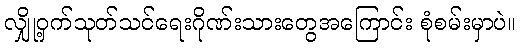
လျှို့ဝှက်သုတ်သင်ရေးဂိုဏ်းသားတွေအကြောင်း စုံစမ်းမှာပဲ။